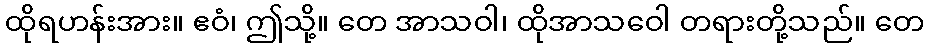
ထိုရဟန်းအား။ ဧဝံ၊ ဤသို့။ တေ အာသဝါ၊ ထိုအာသဝေါ တရားတို့သည်။ တေ